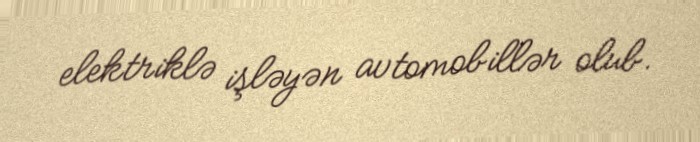
elektriklə işləyən avtomobillər olub.